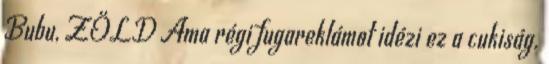
Bubu, ZÖLD Ama régi fugareklámot idézi ez a cukiság.